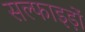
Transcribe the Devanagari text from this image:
सल्फाइड़ों